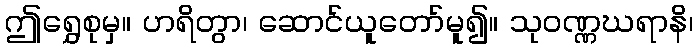
ဤရွှေစုမှ။ ဟရိတွာ၊ ဆောင်ယူတော်မူ၍။ သုဝဏ္ဏဃရာနိ၊